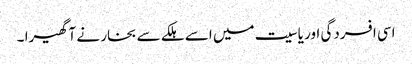
اسی افسردگی اور یاسیت میں اسے ہلکے سے بخار نے آ گھیرا ۔